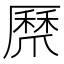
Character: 𭶸